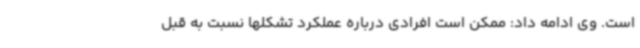
است. وی ادامه داد: ممکن است افرادی درباره عملکرد تشکلها نسبت به قبل